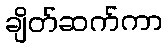
ချိတ်ဆက်ကာ